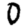
Digit: 0